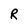
Character: R